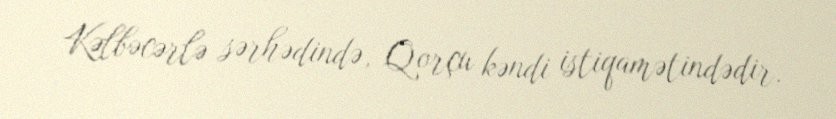
Kəlbəcərlə sərhədində, Qorçu kəndi istiqamətindədir.